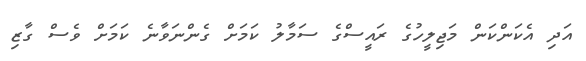
އަދި އެކަންކަން މަޖިލީހުގެ ރައީސްގެ ސަމާލު ކަމަށް ގެންނަވާނެ ކަމަށް ވެސް ގާޒި